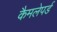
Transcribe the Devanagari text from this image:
कैमलेपर्ड